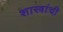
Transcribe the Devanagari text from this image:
शास्त्रांची